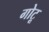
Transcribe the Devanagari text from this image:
गोटू